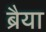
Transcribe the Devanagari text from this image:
ब्रैया